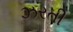
ઝરતી